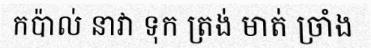
កប៉ាល់ នាវា ទុក ត្រង់ មាត់ ច្រាំង